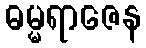
ဓမ္မရာဇေန